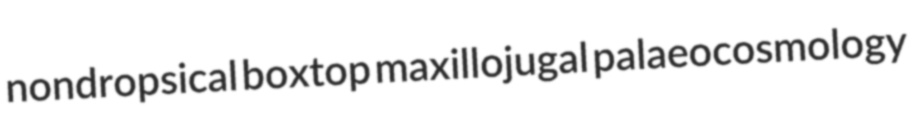
nondropsical boxtop maxillojugal palaeocosmology